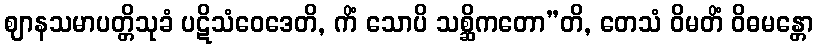
ဈာနသမာပတ္တိသုခံ ပဋိသံဝေဒေတိ, ကိံ သောပိ သစ္ဆိကတော”တိ, တေသံ ဝိမတိံ ဝိဓမန္တော